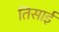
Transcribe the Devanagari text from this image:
तिसाई